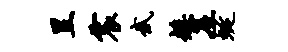
昱震武矮崖蜒